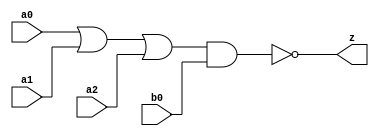
// This program was cloned from: https://github.com/siliconcompiler/lambdalib
// License: MIT License

//#############################################################################
//# Function: Or-And-Inverter (oai31) Gate                                    #
//# Copyright: Lambda Project Authors. All rights Reserved.                   #
//# License:  MIT (see LICENSE file in Lambda repository)                     #
//#############################################################################

module la_oai31 #(
    parameter PROP = "DEFAULT"
) (
    input  a0,
    input  a1,
    input  a2,
    input  b0,
    output z
);

    assign z = ~((a0 | a1 | a2) & b0);

endmodule